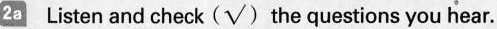
2a Listen and check (√)the questions you hear.